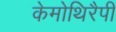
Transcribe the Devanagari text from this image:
केमोथिरैपी